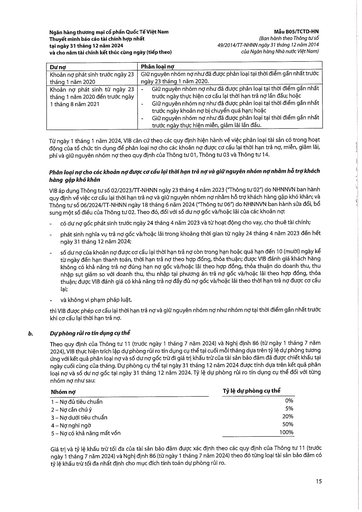
|Dư nợ|Phân loại nợ| |---|---| |Khoản nợ phát sinh trước ngày 23 tháng 1 năm 2020|Giữ nguyên nhóm nợ như đã được phân loại tại thời điểm gần nhất trước ngày 23 tháng 1 năm 2020.| |Khoản nợ phát sinh từ ngày 23 tháng 1 năm 2020 đến trước ngày 1 tháng 8 năm 2021|Giữ nguyên nhóm nợ như đã được phân loại tại thời điểm gần nhất trước ngày thực hiện cơ cấu lại thời hạn trả nợ lần đầu; hoặc Giữ nguyên nhóm nợ như đã được phân loại tại thời điểm gần nhất trước ngày khoản nợ bị chuyển quá hạn; hoặc Giữ nguyên nhóm nợ như đã được phân loại tại thời điểm gần nhất trước ngày thực hiện miễn, giảm lãi lần đầu.| |Nhóm nợ|Tỷ lệ dự phòng cụ thể| |---|---| |1 - Nợ đủ tiêu chuẩn|0%| |2 - Nợ cần chú ý|5%| |3 - Nợ dưới tiêu chuẩn|20%| |4 - Nợ nghi ngờ|50%| |5 - Nợ có khả năng mất vốn|100%|